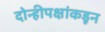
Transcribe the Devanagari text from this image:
दोन्हीपक्षांकडून